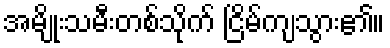
အမျိုးသမီးတစ်သိုက် ငြိမ်ကျသွား၏။